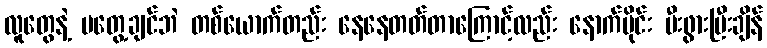
လူတွေနဲ့ မတွေ့ချင်ဘဲ တစ်ယောက်တည်း နေနေတတ်တာကြောင့်လည်း နောက်ပိုင်း မီးဖွားပြီးချိန်